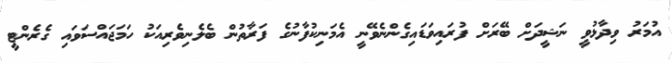
އުމަރު ވިދާޅުވީ ނަޝީދަށް ބޭރަށް ފުރައިވަޑައިގެންނެވޭނީ އެމަނިކުފާނުގެ ފަރާތުން ބެލެނިވެރިއަކު ހަމަޖައްސަވައި ގެރެންޓީ